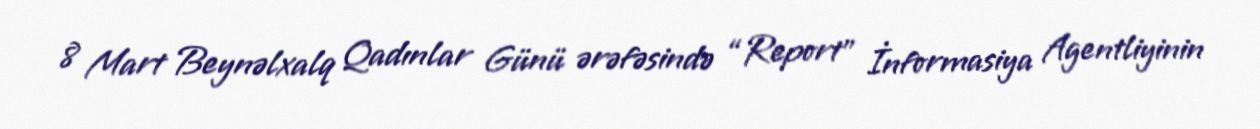
8 Mart Beynəlxalq Qadınlar Günü ərəfəsində “Report” İnformasiya Agentliyinin